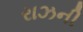
રાઝની